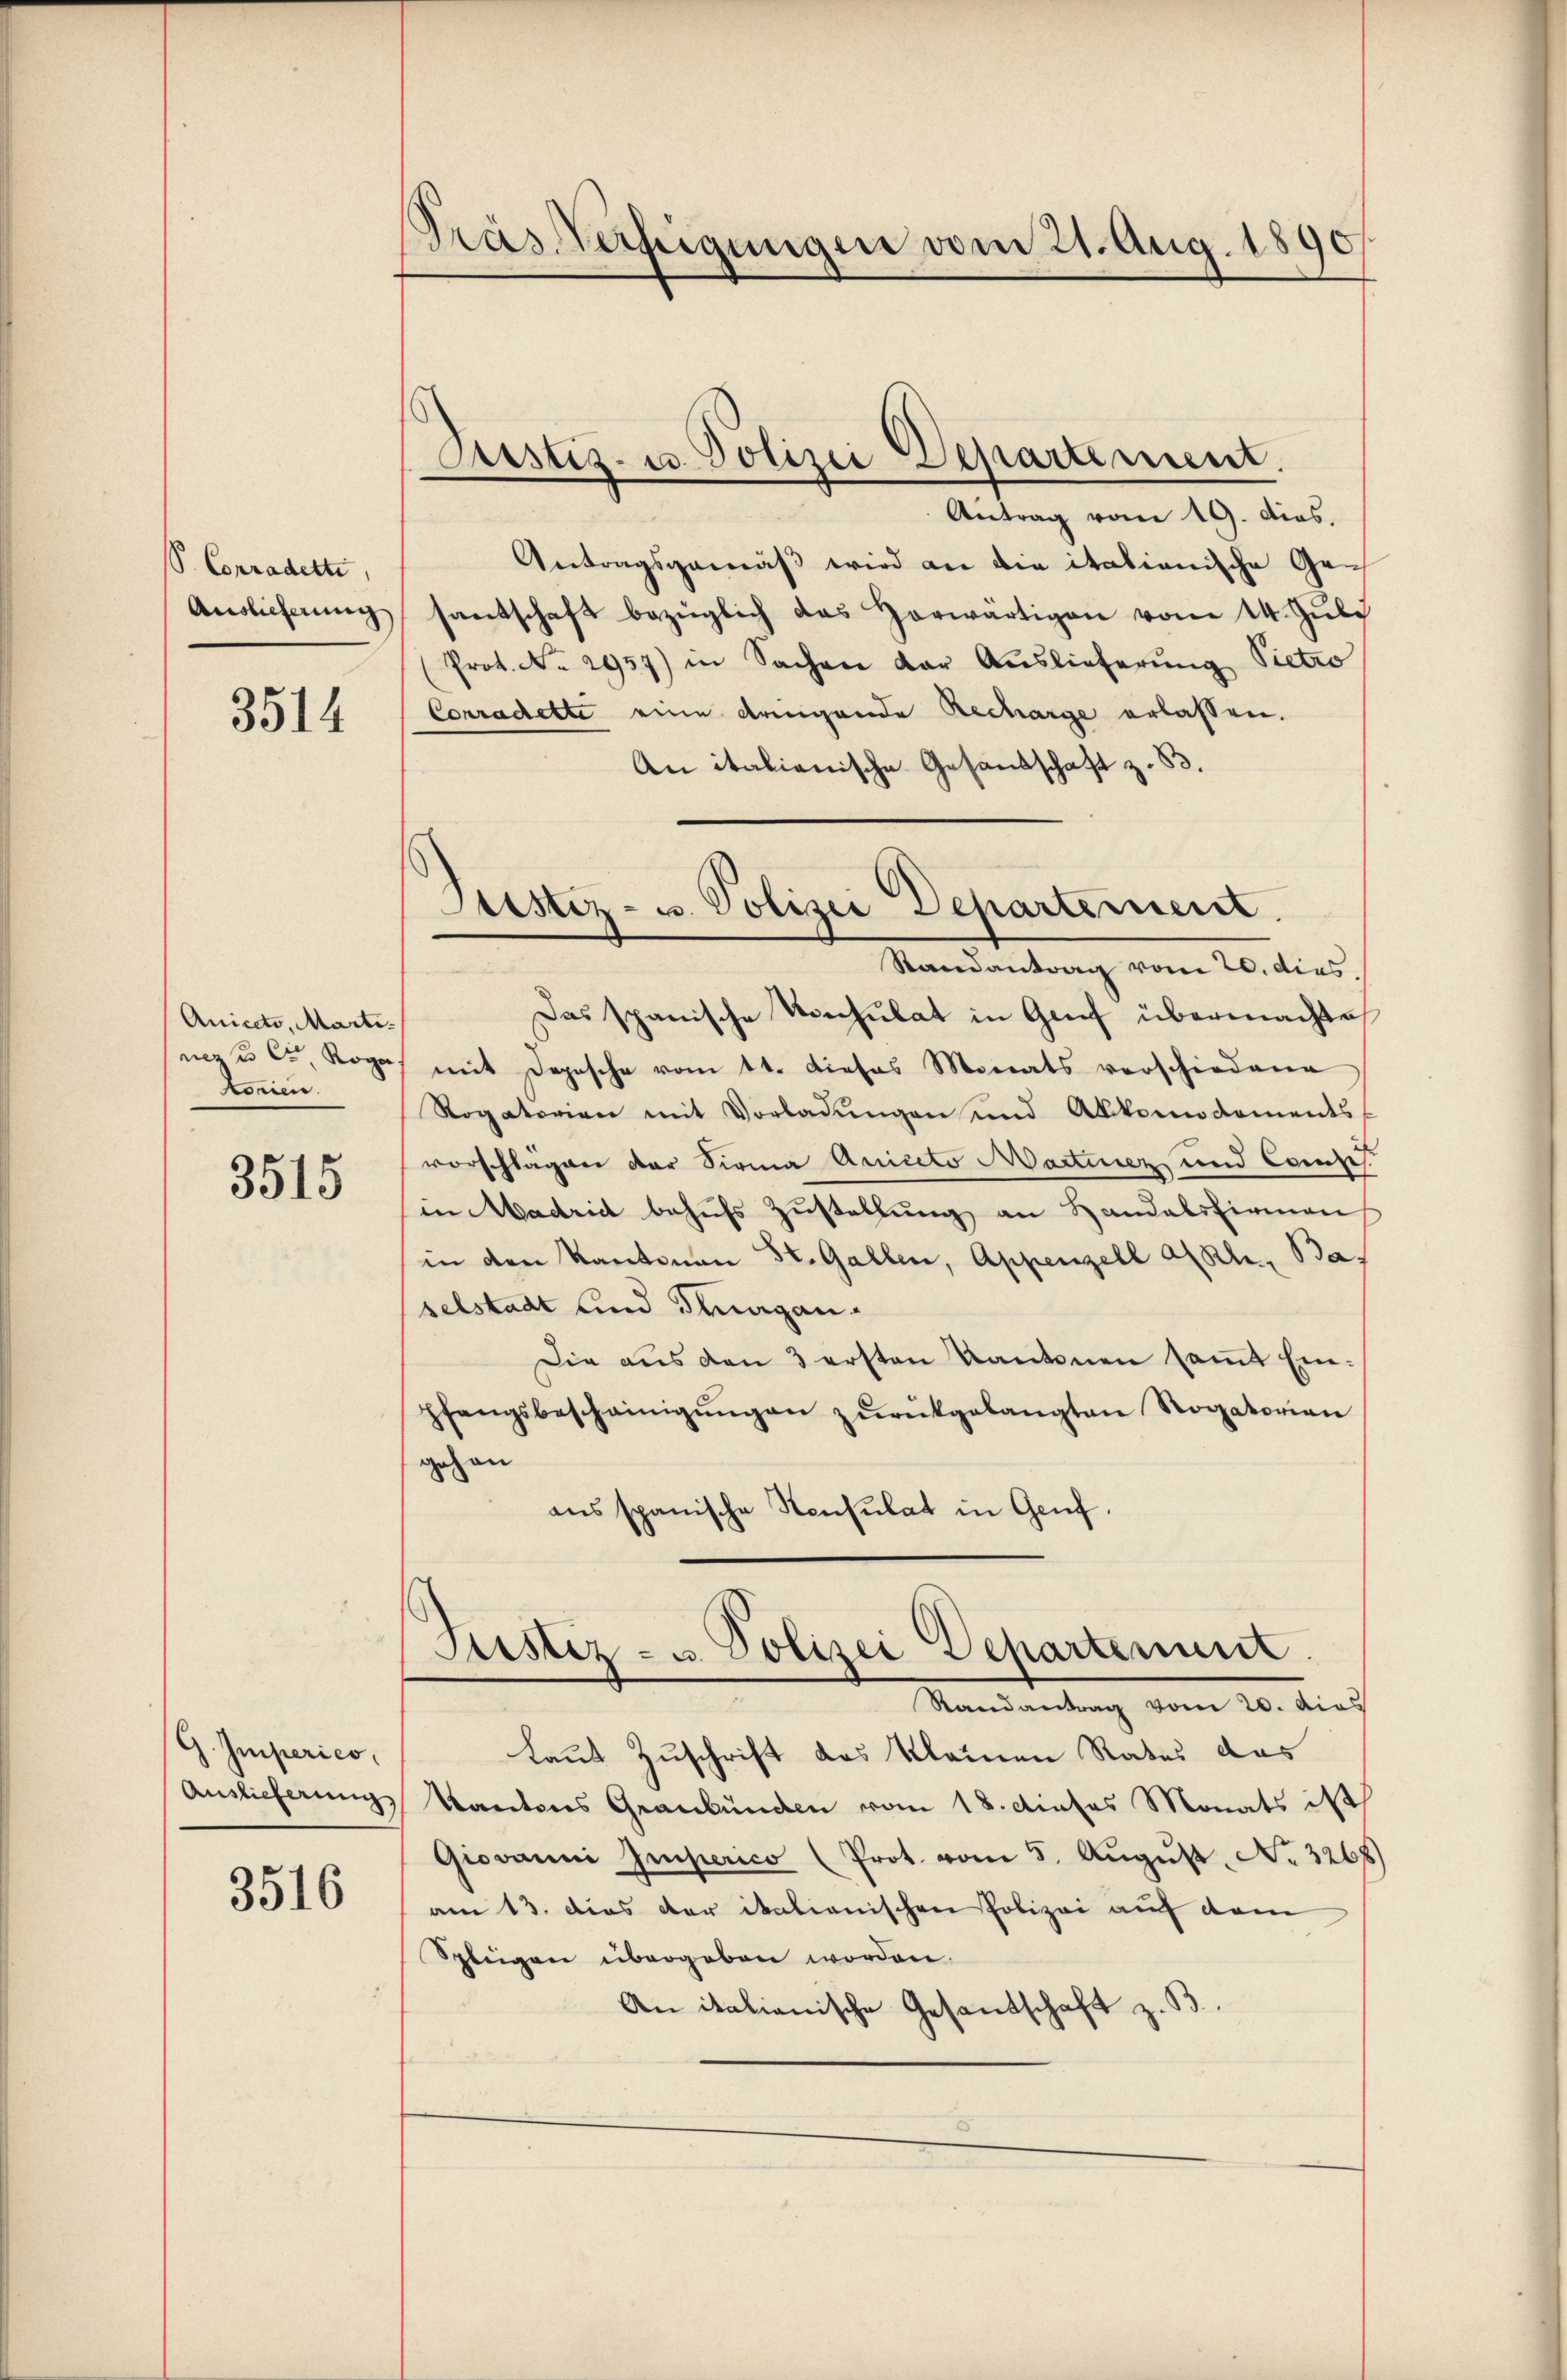
S. Conradette,
Auslieferung

3514

Aniceto, Marti-
nez, Roga
korien.

3515

G. Imperico,

3516

Pras Nähigungen vom 21. Aug. 1890

Justiz- u. Polizei Departement.

Antrag vom 19. dies.
Antragsgemäβ wird an die italienische Gesantschaft bezüglich das Horwärtigen vom 14. Juli
(Prot. No. 2957) in Sachen der Auslieferung Pietro
Conradette eine dringende Recharge erlassen.
An italienische Gesandschaft z. B.
Randantrag vom 20. dies
Das spanische Kirchulat in Genf übermachte
mit Depesche vom 11. dieses Monats verschiedene
Rogatorien mit Vorladungen und Akkomodoments,
vorschlägen der Sirma Aniceto Martinez und Compe
in Madrid behufs Zustellung an Handalsfirmen
in den Kantonen St. Gallen, Appenzell alle, Bar
selstadt und Magan¬
Die aus den 3 ersten Kantonen samt Einpfangsbescheinigŭngen zŭrückgelangten Rogatorian
gehen
aus spanische Hensulat in Genf.
Justiz- u. Polizei Departement.
andantrag vom 20. dies
Laut Zuschrift des Kleinen Rates das
Auslieferung, Kantons Graubünden vom 18. dieses Monats ist
Giovanni Imperico (Prot. vom 5. Aŭgŭst No. 3268
am 13. dies der italienischen Polizei auf dem
Spleigen übergeben worden.
An italienische Gesandschaft z. B.

Sistiz- u. Polizei Departement.